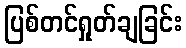
ပြစ်တင်ရှုတ်ချခြင်း